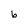
Character: b